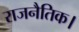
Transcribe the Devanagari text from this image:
राजनैतिक।